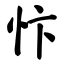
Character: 忭